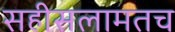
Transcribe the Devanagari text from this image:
सहीसलामतच